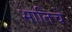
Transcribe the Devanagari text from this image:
भातिचे